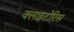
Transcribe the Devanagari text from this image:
क्लाइटोरिस